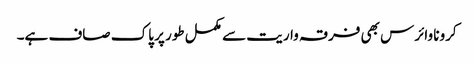
کرونا وائرس بھی فرقہ واریت سے مکمل طور پر پاک صاف ہے۔